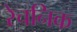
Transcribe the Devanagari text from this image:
रेचनिक